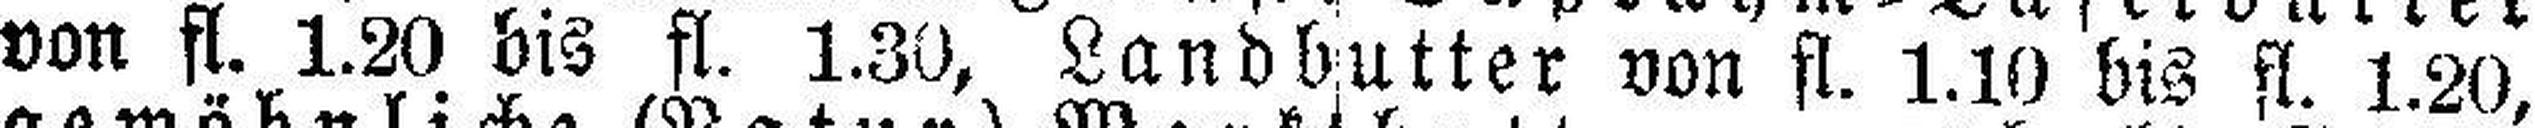
von fl. 1.20 bis fl. 1.30, Landbutter von fl. 1.10 bis fl. 1.20,